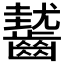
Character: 𪙓